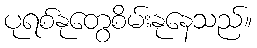
ပုရစ်နုတွေစိမ်းနုနေသည်။